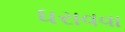
ધરાવવા